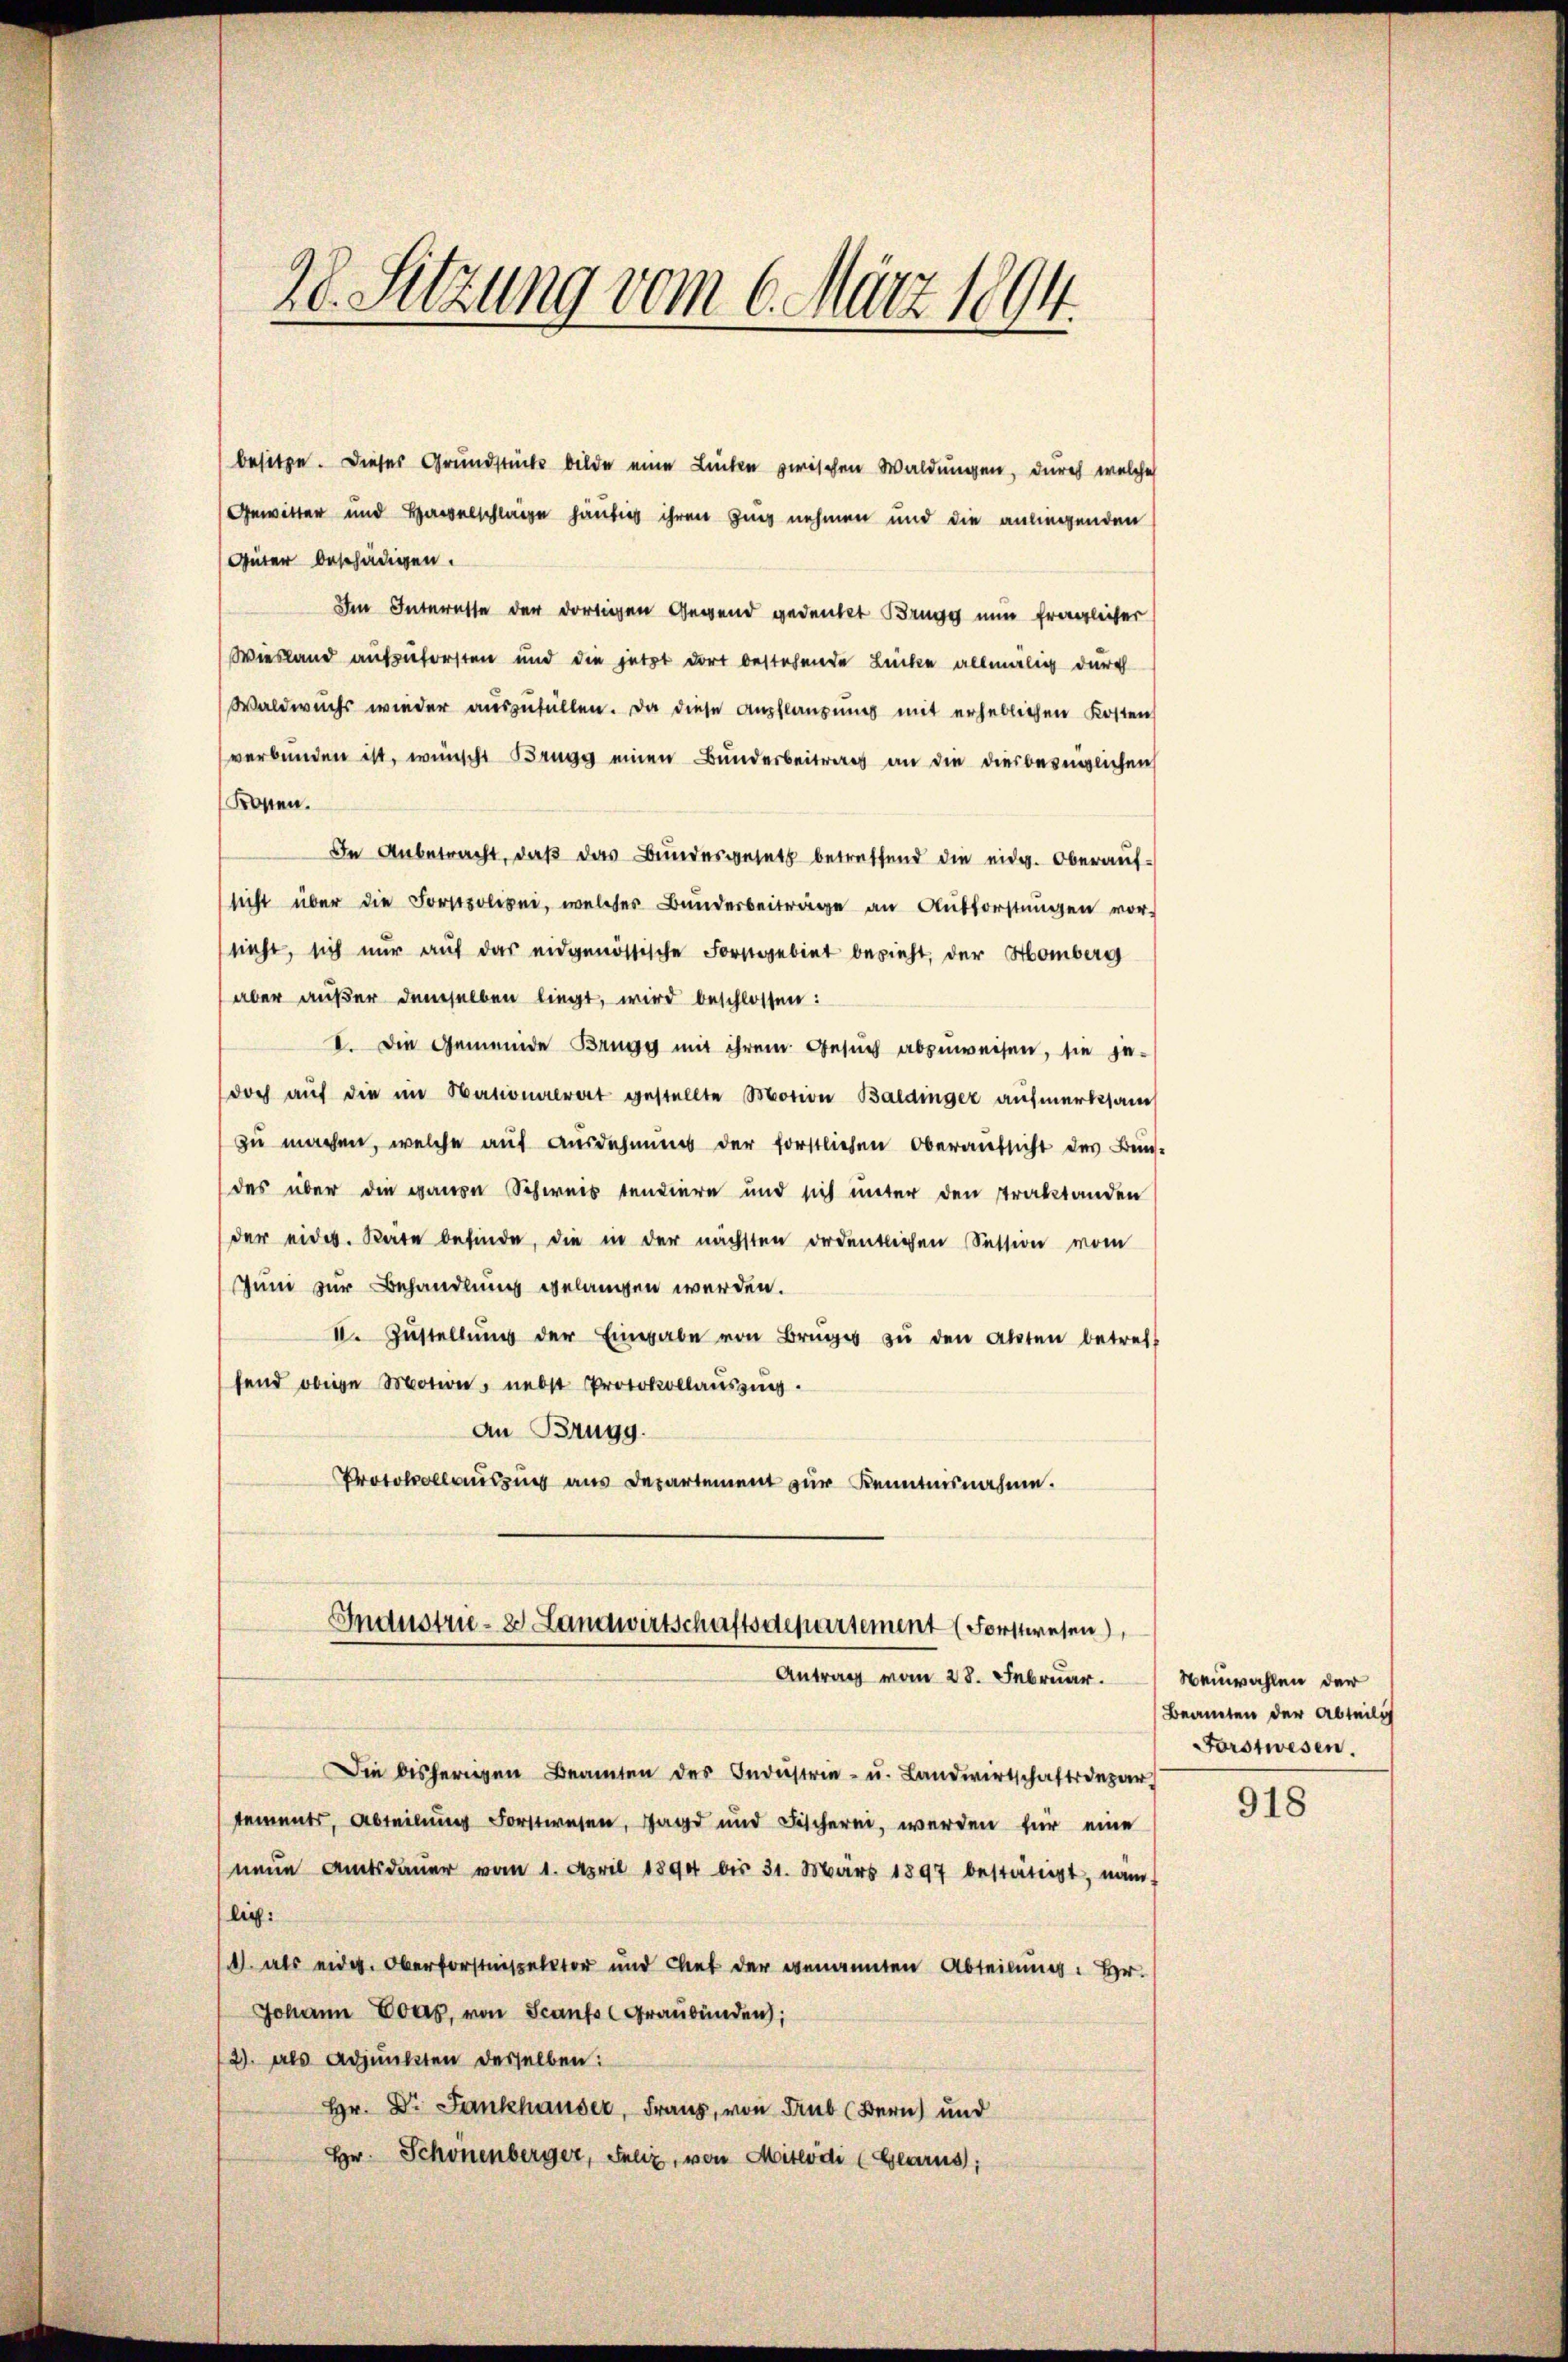
besitze. Dieses Grundstücks bilde eine Lücken zwischen Waldungen, durch welche
Gewitter und Haselschlage häufig ihren ging nehmen und die anliegenden
Güter beschädigen.
Im Interesse der dortigen Gegend gedenket Brugg nun fraglicher
Wiesland aufzuforsten und die jetzt dort bestehende Lücke allmälig durch
Waldwuchs wieder auszufüllen. Da diese Anpflanzung mit erheblichen Kosten
verbunden ist, wünscht Brugg einen Bundesbeitrag an die diesberinglichen
Kosten.
In Anbetracht, daβ das Bundesgesetz betreffend die eidg. Oberaŭf-
sicht über die Forstpolizei, welcher Bŭndesbeiträge an Aŭsforstŭngen vor-
sieht, sich nŭr aŭf das eidgenössische Forstgebiet bezieht, der Homberg
aber außer demselben liegt, wird beschlossen:
I. Die Gemeinde Brugg mit ihrem Gesuch abzuweisen, sie je-
doch aŭf die im Nationalrat gestellte Motion Baldinger aufmerksam
zu machen, welche auf Ausdehnung der forstlichen Oberaufsicht des Bun-
des über die ganen Schweis tendiere und sich unter den Traktanden
der eides. Rate befinde, die in der nächsten ordentlichen Section vom
Juni zur Behandlung gelangen werden.
II. Zŭstellŭng der Eingabe von Brüge zŭ den Akten betreff
fend obige Motion, nebst Protokollauszing.
An Brugg.
Protokollausung aus Departement zur Kenntnisnahme.

28. Sitzung vom 6. März 1894.

Industrie- & Landwirtschaftsdepartement Forstwesen
Antrag vom 28. Februar.

Die bisherigen Beamten des Indŭstrie- u. Landwirtschaftsdepar
tements, Abteilung Forstwesen, Jagd und Fischerei, werden für eine
neŭe Amtsdaŭer vom 1. April 1894 bis 31. März 1897 bestätigt, nam
lich:
. als eidg. Oberforstinspektor und Chef der genannten Abteilung. Hr.
Johann Eoas, von Scanfs (Graubünden;
2). Als Adjunkten desselben:
Hr. Dr. Fankhauser, Franz, von Bub (Bern) und
Hr. Schönenberger, Feliz, von Mitlodi (Glarus;

Neinwahlen der
Beamten der Abteilig
Forstwesen.

918